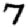
Digit: 7